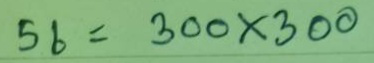
56 = 300 x 300